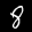
Label: 8